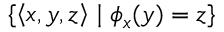
\lbrace \left\langle x , y , z \right\rangle \mid \phi _ { x } ( y ) = z \rbrace